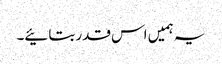
یہ ہمیں اس قدر بتائیے۔